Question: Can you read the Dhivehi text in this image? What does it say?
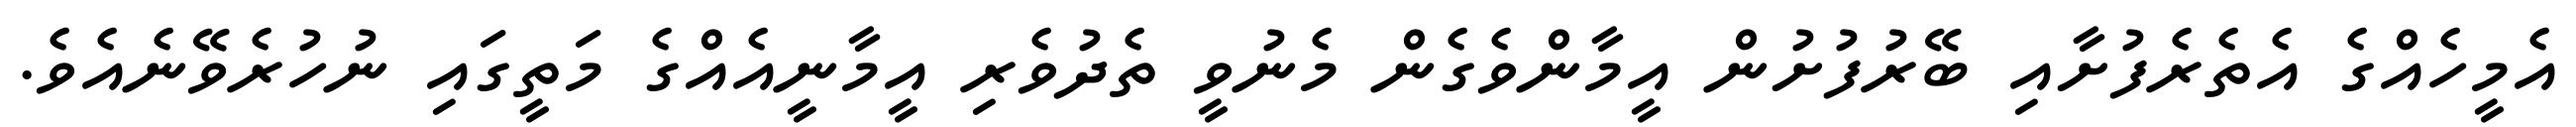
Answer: އެމީހެއްގެ އެތެރެފުށާއި ބޭރުފުށުން އީމާންވެގެން މެނުވީ ތެދުވެރި އީމާނީއެއްގެ މަތީގައި ނުހުރެވޭނެއެވެ.